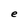
Character: e